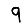
Digit: 9